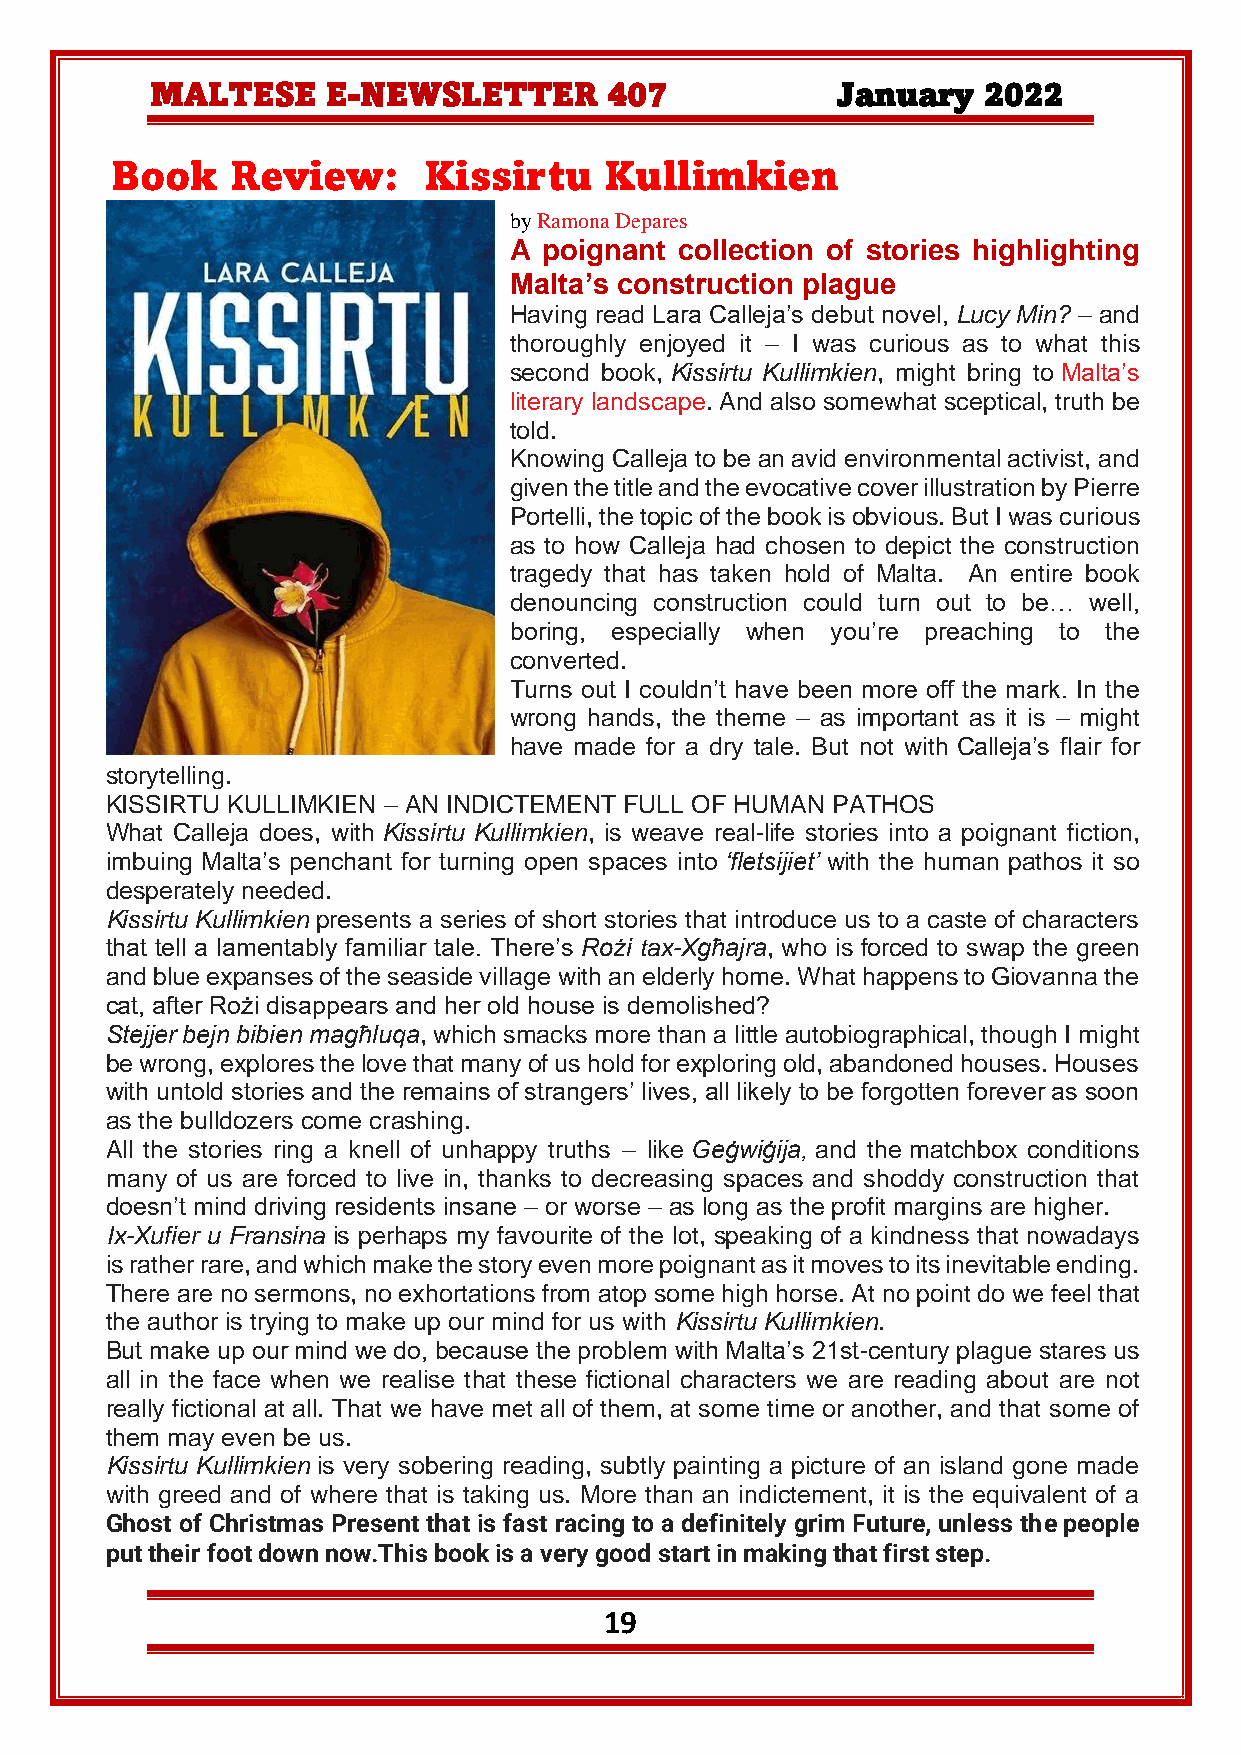
MALTESE     E-NEWSLETTER      407            January   2022
 Book    Review:      Kissirtu    Kullimkien
 by Ramona Depares
 A poignant collection of stories highlighting
 Malta’s construction plague
 Having read Lara Calleja’s debut novel, Lucy Min? – and
 thoroughly enjoyed it – I was curious as to what this
 second book, Kissirtu Kullimkien, might bring to Malta’s
 literary landscape. And also somewhat sceptical, truth be
 told.
 Knowing Calleja to be an avid environmental activist, and
 given the title and the evocative cover illustration by Pierre
 Portelli, the topic of the book is obvious. But I was curious
 as to how Calleja had chosen to depict the construction
 tragedy that has taken hold of Malta. An entire book
 denouncing construction could turn out to be… well,
 boring, especially when you’re preaching to the
 converted.
 Turns out I couldn’t have been more off the mark. In the
 wrong hands, the theme – as important as it is – might
 have made for a dry tale. But not with Calleja’s flair for
 storytelling.
 KISSIRTU KULLIMKIEN – AN INDICTEMENT FULL OF HUMAN PATHOS
 What Calleja does, with Kissirtu Kullimkien, is weave real-life stories into a poignant fiction,
 imbuing Malta’s penchant for turning open spaces into ‘fletsijiet’ with the human pathos it so
 desperately needed.
 Kissirtu Kullimkien presents a series of short stories that introduce us to a caste of characters
 that tell a lamentably familiar tale. There’s Rożi tax-Xgħajra, who is forced to swap the green
 and blue expanses of the seaside village with an elderly home. What happens to Giovanna the
 cat, after Rożi disappears and her old house is demolished?
 Stejjer bejn bibien magħluqa, which smacks more than a little autobiographical, though I might
 be wrong, explores the love that many of us hold for exploring old, abandoned houses. Houses
 with untold stories and the remains of strangers’ lives, all likely to be forgotten forever as soon
 as the bulldozers come crashing.
 All the stories ring a knell of unhappy truths – like Geġwiġija, and the matchbox conditions
 many of us are forced to live in, thanks to decreasing spaces and shoddy construction that
 doesn’t mind driving residents insane – or worse – as long as the profit margins are higher.
 Ix-Xufier u Fransina is perhaps my favourite of the lot, speaking of a kindness that nowadays
 is rather rare, and which make the story even more poignant as it moves to its inevitable ending.
 There are no sermons, no exhortations from atop some high horse. At no point do we feel that
 the author is trying to make up our mind for us with Kissirtu Kullimkien.
 But make up our mind we do, because the problem with Malta’s 21st-century plague stares us
 all in the face when we realise that these fictional characters we are reading about are not
 really fictional at all. That we have met all of them, at some time or another, and that some of
 them may even be us.
 Kissirtu Kullimkien is very sobering reading, subtly painting a picture of an island gone made
 with greed and of where that is taking us. More than an indictement, it is the equivalent of a
 Ghost of Christmas Present that is fast racing to a definitely grim Future, unless the people
 put their foot down now.This book is a very good start in making that first step.
 19